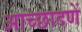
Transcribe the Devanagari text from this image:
आच्छादणें